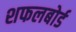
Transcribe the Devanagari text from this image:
शफलबोर्ड